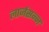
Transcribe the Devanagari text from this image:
लार्जसन्न